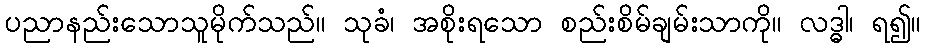
ပညာနည်းသောသူမိုက်သည်။ သုခံ၊ အစိုးရသော စည်းစိမ်ချမ်းသာကို။ လဒ္ဓါ၊ ရ၍။